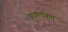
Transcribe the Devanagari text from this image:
छात्रालयात